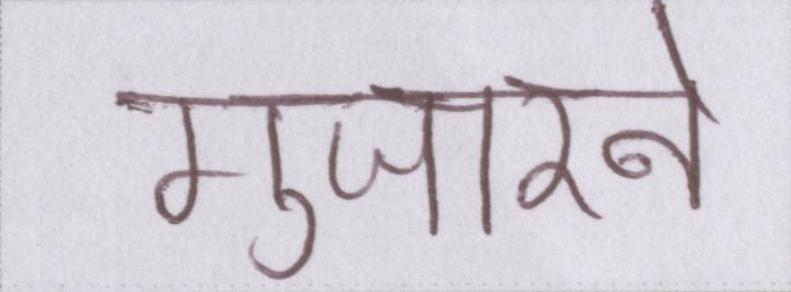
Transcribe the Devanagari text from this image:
गुजारने